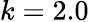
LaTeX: k=2.0